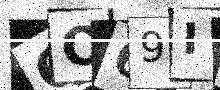
Text: QO69IS